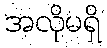
အလိုမရှိ